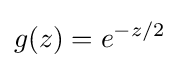
g(z)=e^{-z/2}